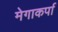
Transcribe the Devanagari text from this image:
मेगाकर्पा